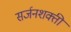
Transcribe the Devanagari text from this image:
सर्जनशक्ती